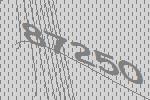
87250